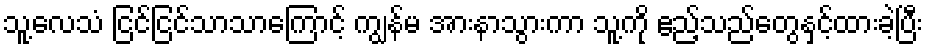
သူ့လေသံ ငြင်ငြင်သာသာကြောင့် ကျွန်မ အားနာသွားကာ သူ့ကို ဧည့်သည်တွေနှင့်ထားခဲ့ပြီး